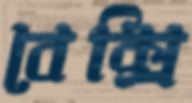
বেক্সি